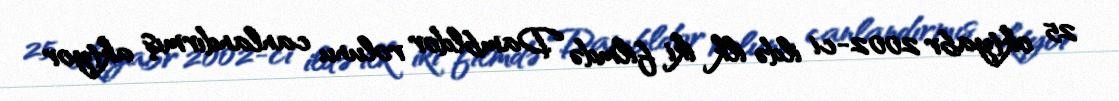
25 oktyabr 2002-ci ildə ilk iki filmdə Dambldor rolunu canlandırmış aktyor